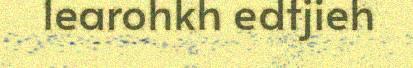
learohkh edtjieh